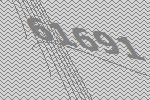
61691